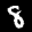
Label: 8